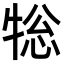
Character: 𭷨